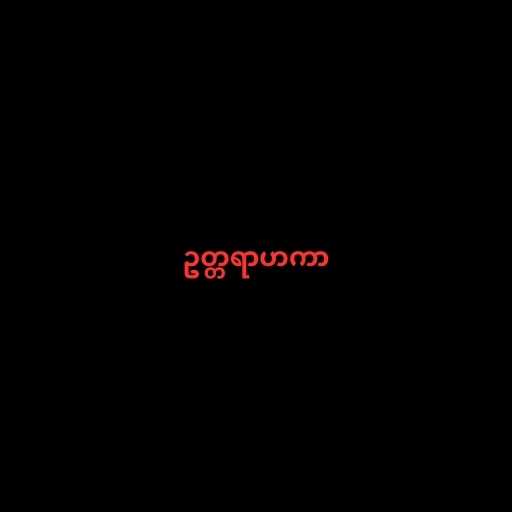
ဥတ္တရာဟကာ